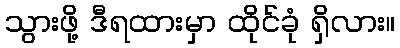
သွားဖို့ ဒီရထားမှာ ထိုင်ခုံ ရှိလား။